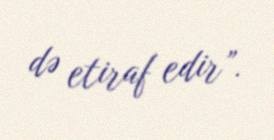
də etiraf edir”.